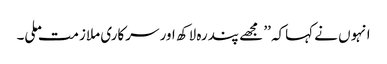
انہوں نے کہاکہ ’’ مجھے پندرہ لاکھ اور سرکاری ملازمت ملی۔